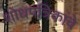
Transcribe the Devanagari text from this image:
शोधपत्रिकांचे